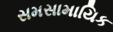
સમસામાયિક